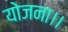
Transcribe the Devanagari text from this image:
योजना।।